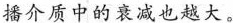
播介质中的衰减也越大。